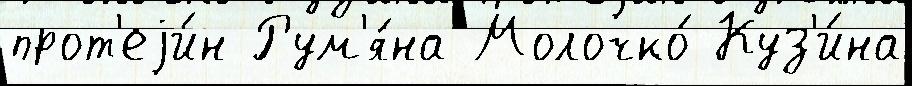
прот'еjи́н Рум'я́на Молочко́ Куз'и́на